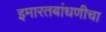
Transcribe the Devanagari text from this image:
इमारतबांधणीचा